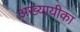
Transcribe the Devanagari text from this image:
अख्यायीका